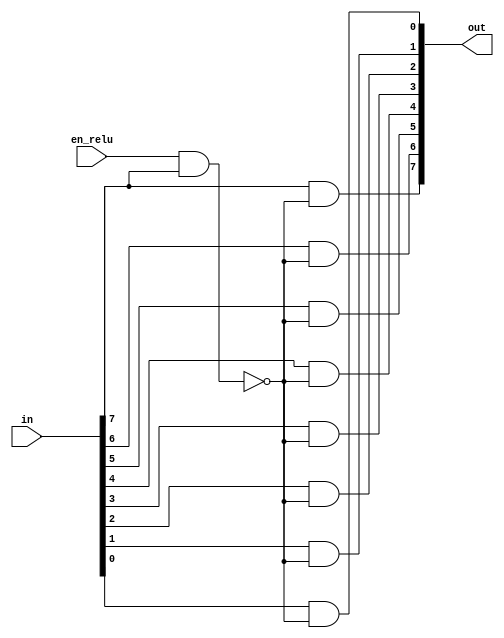
module relu(in, en_relu, out);

input [7:0] in;
input en_relu;
output [7:0] out;

wire sel;

assign sel = ~(en_relu & in[7]);

assign out[7] = in[7] & sel;
assign out[6] = in[6] & sel;
assign out[5] = in[5] & sel;
assign out[4] = in[4] & sel;
assign out[3] = in[3] & sel;
assign out[2] = in[2] & sel;
assign out[1] = in[1] & sel;
assign out[0] = in[0] & sel;

/* using mux
assign out[7] = sel ? in[7] : 1'b0;
assign out[6] = sel ? in[7] : 1'b0;
assign out[5] = sel ? in[7] : 1'b0;
assign out[4] = sel ? in[7] : 1'b0;
assign out[3] = sel ? in[7] : 1'b0;
assign out[2] = sel ? in[7] : 1'b0;
assign out[1] = sel ? in[7] : 1'b0;
assign out[0] = sel ? in[7] : 1'b0;
*/

endmodule